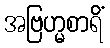
အဗြဟ္မစာရိံ